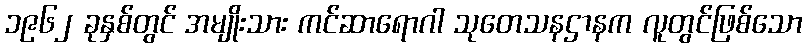
၁၉၆၂ ခုနှစ်တွင် အမျိုးသား ကင်ဆာရောဂါ သုတေသနဌာနက လူတွင်ဖြစ်သော